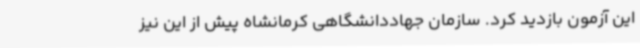
این آزمون بازدید کرد. سازمان جهاددانشگاهی کرمانشاه پیش از این نیز